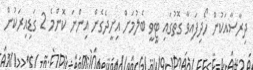
ދިރާސާއަކުން ހޯދިފައިވާ ގޮތުގައި ޓީވީ ބެލުމަށް އިށީދެގެން އިންނަ ކޮންމެ 2 ގަޑިއިރަކުން